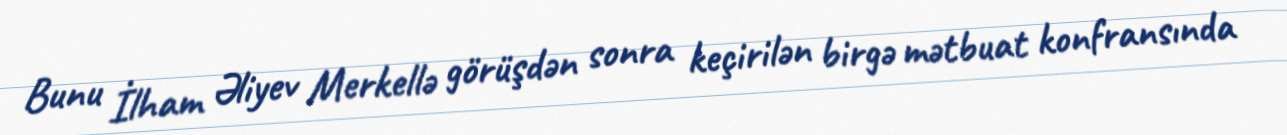
Bunu İlham Əliyev Merkellə görüşdən sonra keçirilən birgə mətbuat konfransında